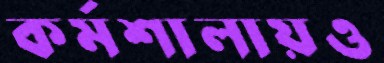
কর্মশালায়ও